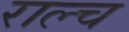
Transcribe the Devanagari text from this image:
राल्च